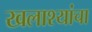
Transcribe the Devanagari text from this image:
खलाश्यांचा